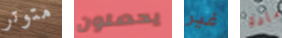
متوتر يحصلون غير مادة